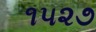
૧૫૨૭